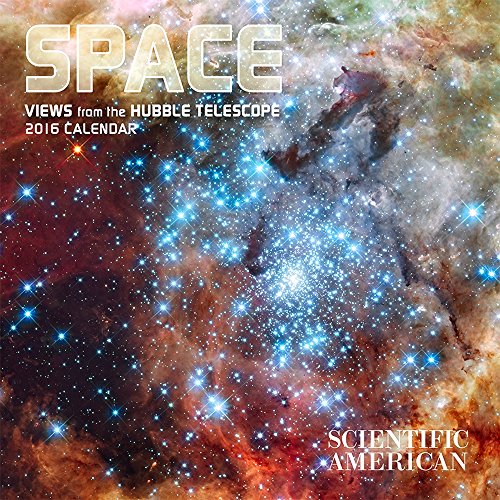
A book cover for Space: Views from the Hubble 2016 Calendar; Calendars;